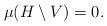
LaTeX: \begin{align*} \mu(H\setminus V) = 0.\end{align*}